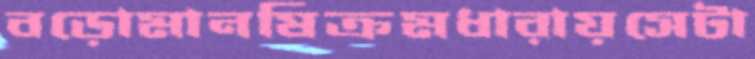
বড়োমানষিক্রমধারায়সেটা